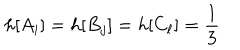
h [ A _ { i } ] = h [ B _ { j } ] = h [ C _ { \ell } ] = \frac { 1 } { 3 }